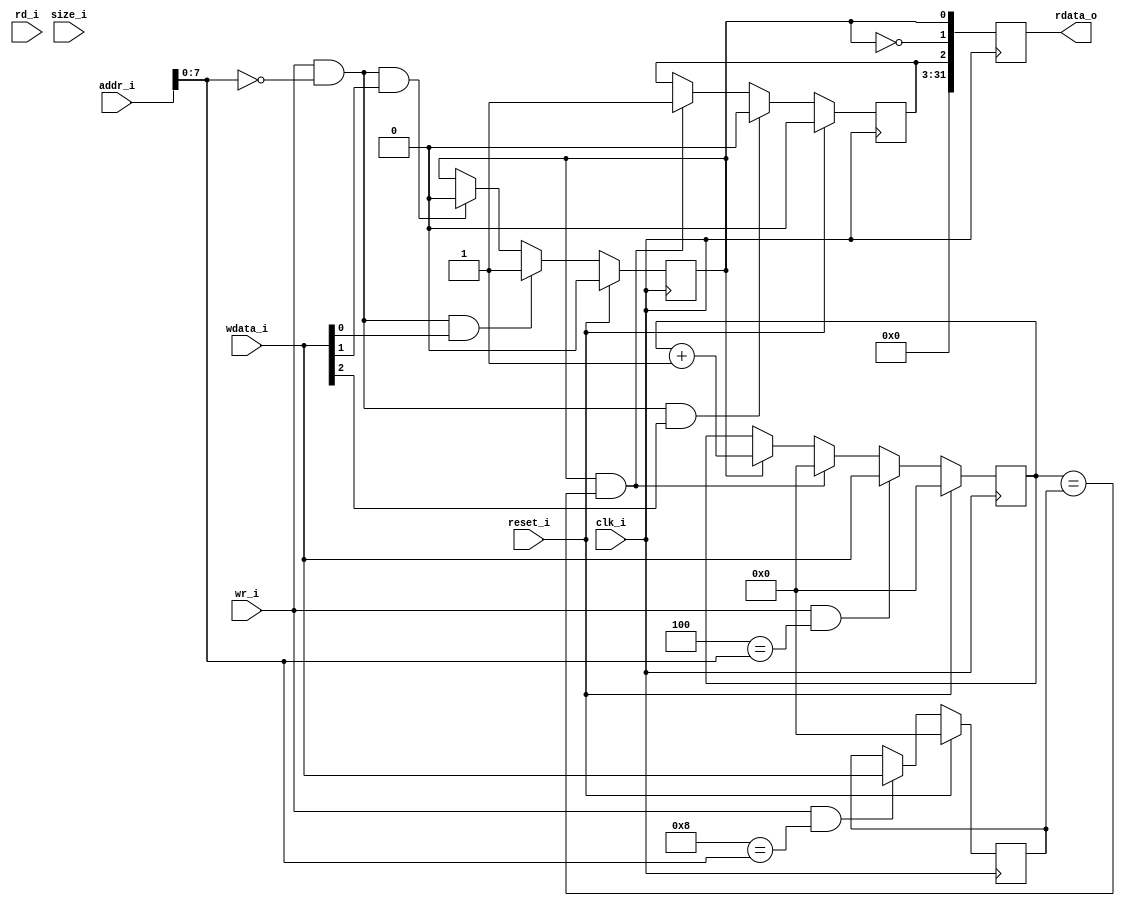
module per_timer (
  input         clk_i,
  input         reset_i,

  input  [31:0] addr_i,
  input  [31:0] wdata_i,
  output [31:0] rdata_o,
  input   [1:0] size_i,
  input         rd_i,
  input         wr_i
);

//-----------------------------------------------------------------------------
localparam
  REG_CSR     = 8'h00,
  REG_COUNT   = 8'h04,
  REG_COMPARE = 8'h08;

localparam
  BIT_CSR_ENABLE   = 0,
  BIT_CSR_DISABLE  = 1,
  BIT_CSR_OVERFLOW = 2;

//-----------------------------------------------------------------------------
wire reg_csr_w     = (REG_CSR     == addr_i[7:0]);
wire reg_count_w   = (REG_COUNT   == addr_i[7:0]);
wire reg_compare_w = (REG_COMPARE == addr_i[7:0]);

//-----------------------------------------------------------------------------
reg timer_enabled_r;

always @(posedge clk_i) begin
  if (reset_i)
    timer_enabled_r <= 1'b0;
  else if (wr_i && reg_csr_w && wdata_i[BIT_CSR_ENABLE])
    timer_enabled_r <= 1'b1;
  else if (wr_i && reg_csr_w && wdata_i[BIT_CSR_DISABLE])
    timer_enabled_r <= 1'b0;
end

//-----------------------------------------------------------------------------
reg timer_overflow_r;

always @(posedge clk_i) begin
  if (reset_i)
    timer_overflow_r <= 1'b0;
  else if (wr_i && reg_csr_w && wdata_i[BIT_CSR_OVERFLOW])
    timer_overflow_r <= 1'b0;
  else if (timer_overflow_w)
    timer_overflow_r <= 1'b1;
end

wire timer_overflow_w = timer_enabled_r && (timer_count_r == timer_compare_r);

//-----------------------------------------------------------------------------
reg [31:0] timer_count_r;

always @(posedge clk_i) begin
  if (reset_i)
    timer_count_r <= 32'h0;
  else if (wr_i && reg_count_w)
    timer_count_r <= wdata_i;
  else if (timer_overflow_w)
    timer_count_r <= 32'h0;
  else if (timer_enabled_r)
    timer_count_r <= timer_count_r + 32'd1;
end

//-----------------------------------------------------------------------------
reg [31:0] timer_compare_r;

always @(posedge clk_i) begin
  if (reset_i)
    timer_compare_r <= 32'h0;
  else if (wr_i && reg_compare_w)
    timer_compare_r <= wdata_i;
end

//-----------------------------------------------------------------------------
reg [31:0] reg_data_r;

always @(posedge clk_i) begin
  reg_data_r <= csr_w;
end

//-----------------------------------------------------------------------------
wire [31:0] csr_w;
assign csr_w[BIT_CSR_ENABLE]   = timer_enabled_r;
assign csr_w[BIT_CSR_DISABLE]  = !timer_enabled_r;
assign csr_w[BIT_CSR_OVERFLOW] = timer_overflow_r;
assign csr_w[31:3]             = 29'h0;

//-----------------------------------------------------------------------------
assign rdata_o = reg_data_r;

endmodule